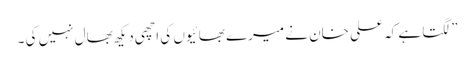
”لگتا ہے کہ علی خان نے میرے بھائیوں کی اچھی دیکھ بھال نہیں کی ۔